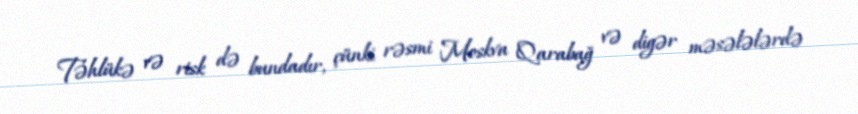
Təhlükə və risk də bundadır, çünki rəsmi Moskva Qarabağ və digər məsələlərdə